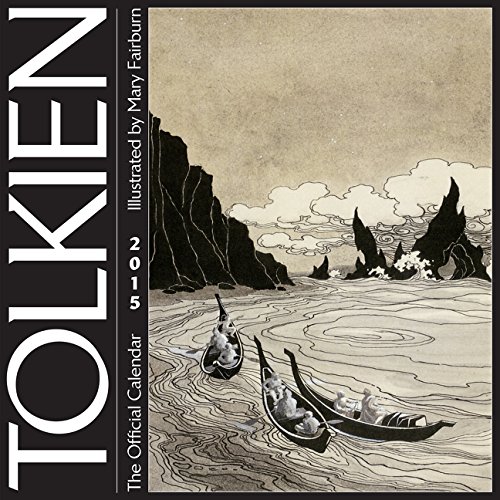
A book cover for Tolkien Calendar 2015; J. R. R. Tolkien; Calendars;